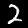
Label: 2